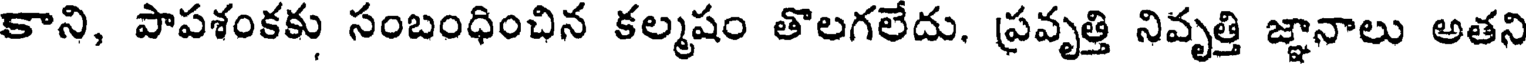
కాని, పాపశంకకు సంబంధించిన కల్మషం తొలగలేదు. ప్రవృత్తి నివృత్తి జ్ఞానాలు అతని